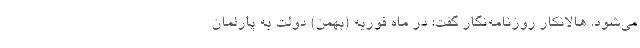
می‌شود. هالانکار روزنامه‌نگار گفت: در ماه فوریه (بهمن) دولت به پارلمان